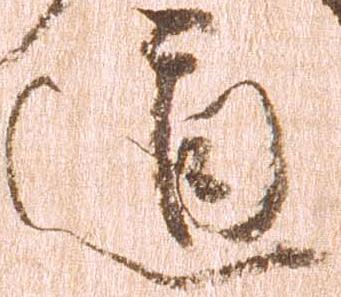
道